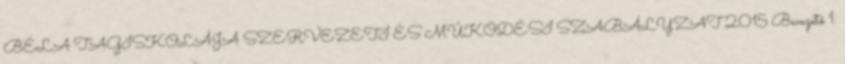
BÉLA TAGISKOLÁJA SZERVEZETI ÉS MŰKÖDÉSI SZABÁLYZAT 2015 Bevezető 1.